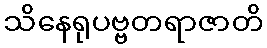
သိနေရုပဗ္ဗတရာဇာတိ